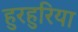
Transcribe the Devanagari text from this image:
हुरहुरिया